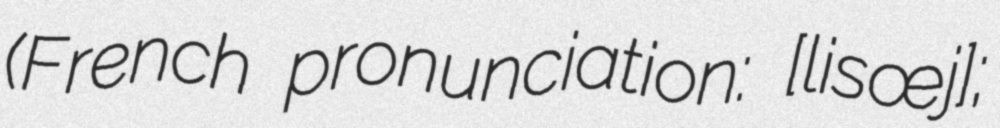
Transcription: (French pronunciation: ​[lisœj];